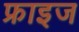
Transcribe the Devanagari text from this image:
फ्राइज